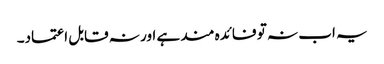
یہ اب نہ تو فائدہ مند ہے اور نہ قابل اعتماد۔